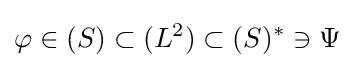
\varphi \in (S)\subset (L^{2})\subset (S)^{\ast }\ni \Psi